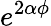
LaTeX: e^{2\alpha\phi}